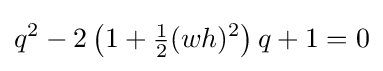
q^{2}-2\left(1+{\tfrac {1}{2}}(wh)^{2}\right)q+1=0